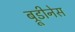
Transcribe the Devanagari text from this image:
ब्रूडीनेस